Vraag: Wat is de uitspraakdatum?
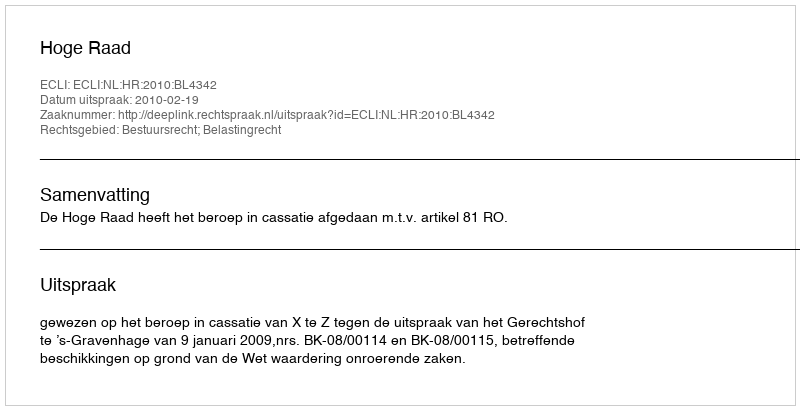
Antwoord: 2010-02-19